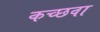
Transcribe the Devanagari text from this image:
कच्छवा